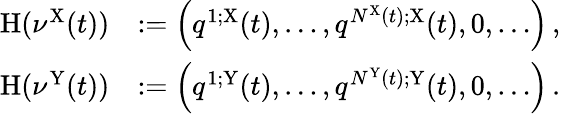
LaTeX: \begin{array}{rl}{\mathrm{H}(\nu^{\mathrm{X}}(t))}&{:=\left(q^{1;\mathrm{X}}(t),\dots,q^{N^{\mathrm{X}}(t);\mathrm{X}}(t),0,\dots\right)\, ,}\\ {\mathrm{H}(\nu^{\mathrm{Y}}(t))}&{:=\left(q^{1;\mathrm{Y}}(t),\dots,q^{N^{\mathrm{Y}}(t);\mathrm{Y}}(t),0,\dots\right)\, .}\end{array}